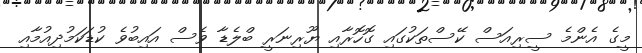
މީގެ އެންމެ ސީރިއަސް ކޭސްތަކުގައި ގޮހޮރާއި ޔޫރިނަރީ ބްލެޑާ ވެސް އައިބުވެ ކުޑަކަމުދިއުމާއި